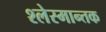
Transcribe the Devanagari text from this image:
श्लेस्मान्तक